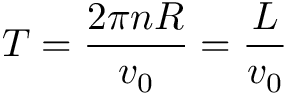
T = \frac { 2 \pi n R } { v _ { 0 } } = \frac { L } { v _ { 0 } }